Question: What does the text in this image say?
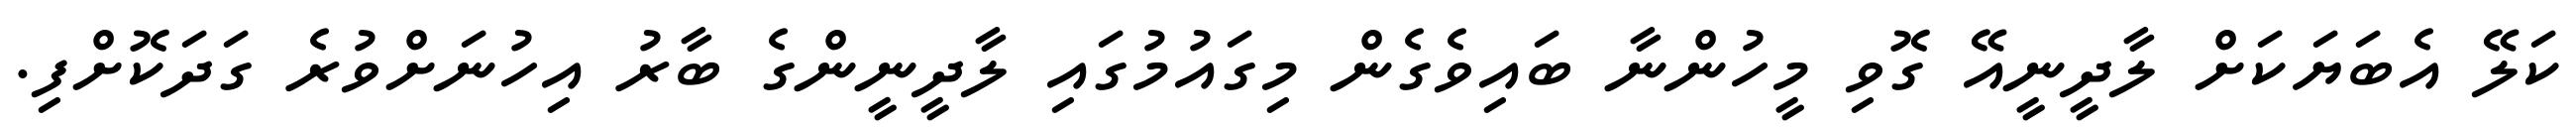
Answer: ކަލޭ އެބަޔަކަށް ލާދީނީއޭ ގޮވި މީހުންނާ ބައިވެގެން މިގައުމުގައި ލާދީނީންގެ ބާރު އިހުނަށްވުރެ ގަދަކޮށްފި.